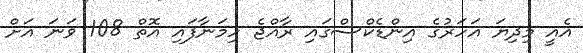
އެއީ މިދިޔަ އަހަރުގެ އިންޑެކްސްގައި ރާއްޖެ ހިމަނާފައި އޮތް 108 ވަނަ އަށް